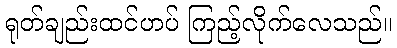
ရုတ်ချည်းထင်ဟပ် ကြည့်လိုက်လေသည်။